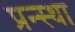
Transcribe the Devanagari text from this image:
प्रन्स्था